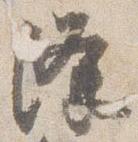
降